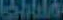
SHING